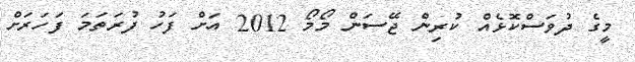
މީގެ ދުވަސްކޮޅެއް ކުރިން ޖޭސަން މޯމޯ 2012 އަށް ފަހު ފުރަތަމަ ފަހަރަށް